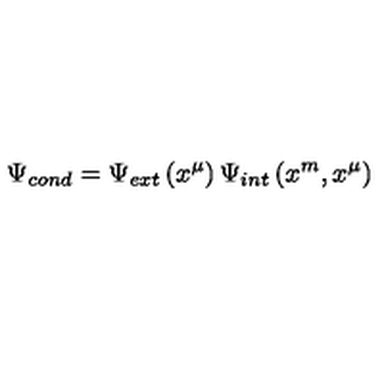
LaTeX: \Psi _ { c o n d } = \Psi _ { e x t } \left( x ^ { \mu } \right) \Psi _ { i n t } \left( x ^ { m } , x ^ { \mu } \right)